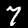
Digit: 7